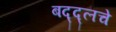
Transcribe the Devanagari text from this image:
बद्द्लचे